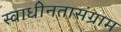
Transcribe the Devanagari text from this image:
स्वाधीनतासंग्राम